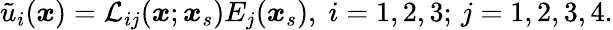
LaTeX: \tilde{u}_{i}(\boldsymbol{x})=\mathcal{L}_{ij}(\boldsymbol{x};\boldsymbol{x}_{s})E_{j}(\boldsymbol{x}_{s}),\; i=1,2,3;\, j=1,2,3,4.